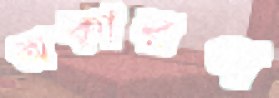
অকারণ